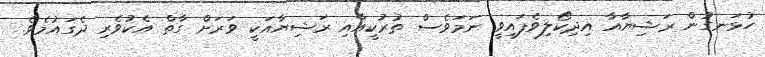
ހުޅަނގުން ރަޝިޔާއާ އިދިކޯލިވެފައިވީ ނަމަވެސް ތުރުކީއާއި ރަޝިޔާއަކީ ވަރަށް ގާތް އެކުވެރި ދެގައުމެވެ.